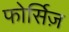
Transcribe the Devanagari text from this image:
फोर्सिज़